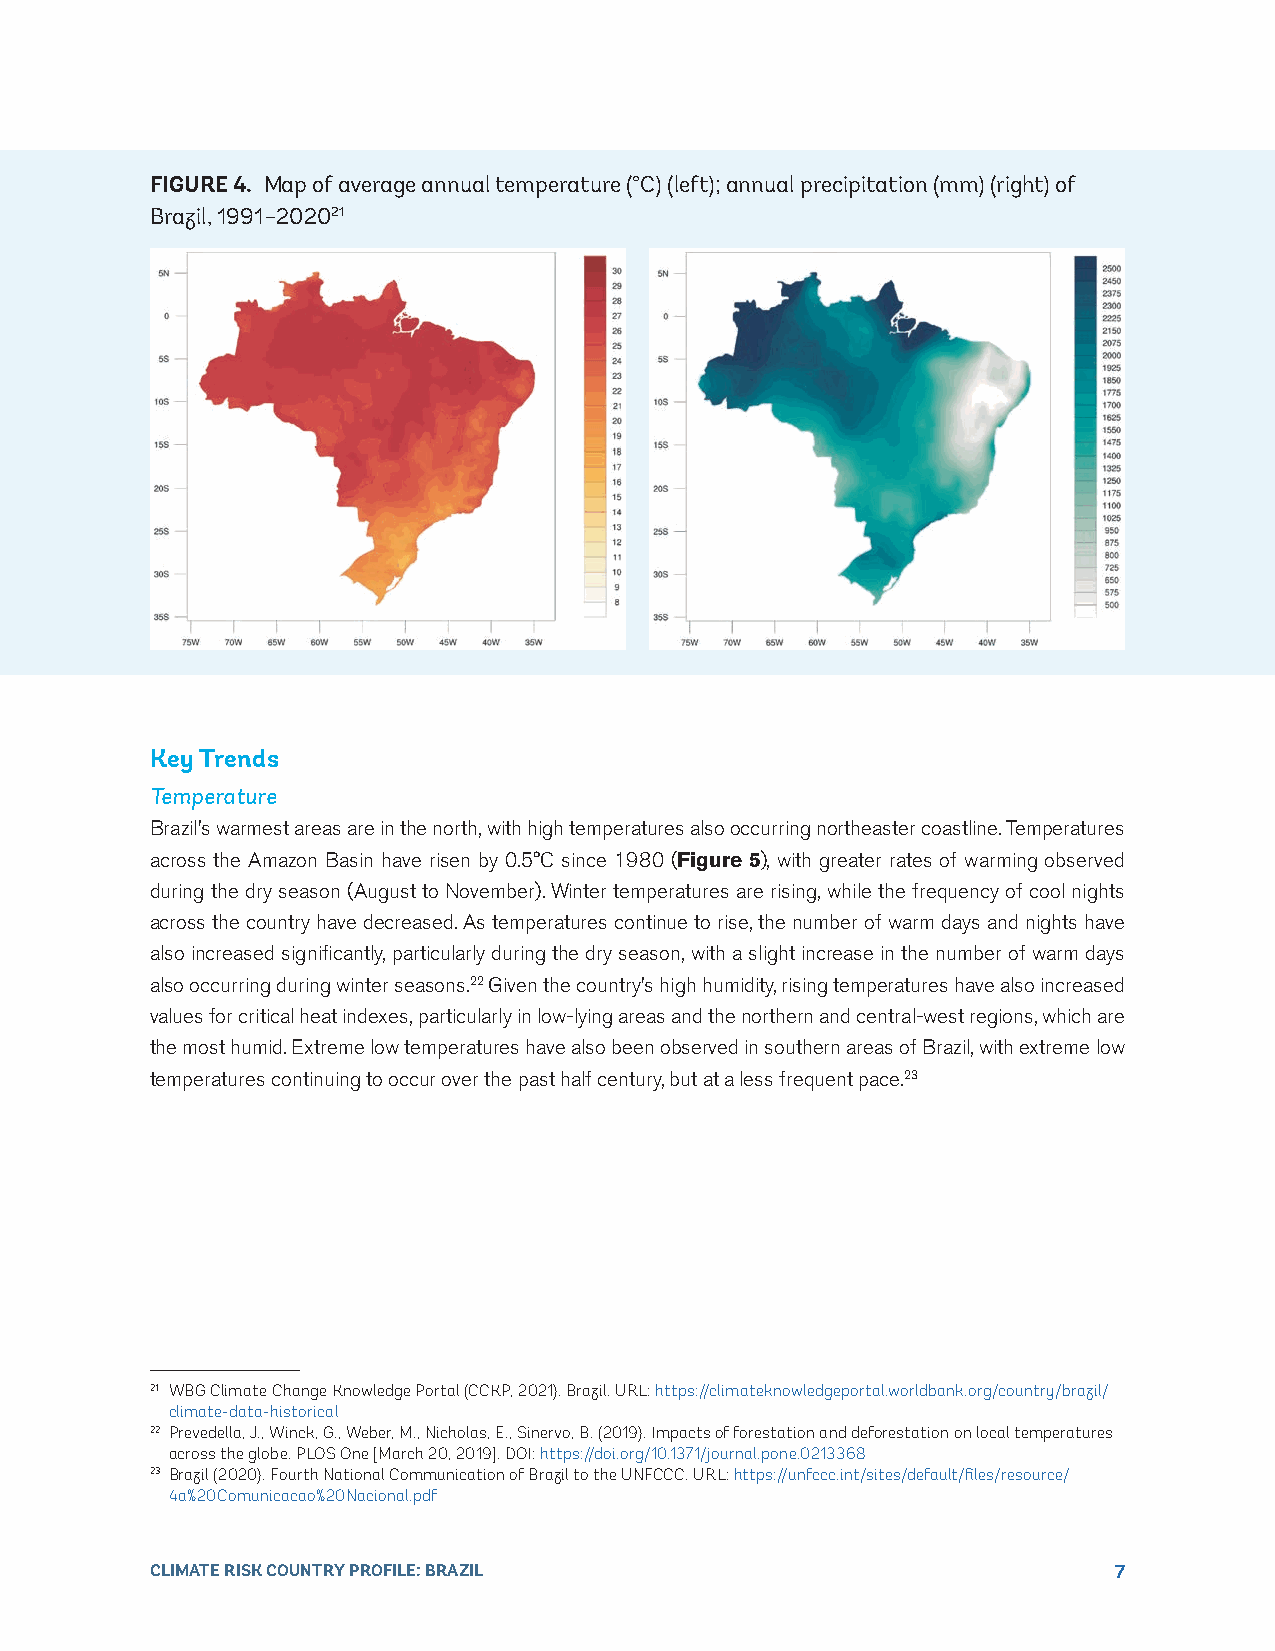
FIGURE 4 . Map of average annual temperature (°C) (left); annual precipitation (mm) (right) of
 Brazil, 1991–202021
 Key Trends
 Temperature
 Brazil’s warmest areas are in the north, with high temperatures also occurring northeaster coastline. Temperatures
 across the Amazon Basin have risen by 0.5°C since 1980 (Figure 5), with greater rates of warming observed
 during the dry season (August to November). Winter temperatures are rising, while the frequency of cool nights
 across the country have decreased. As temperatures continue to rise, the number of warm days and nights have
 also increased significantly, particularly during the dry season, with a slight increase in the number of warm days
 also occurring during winter seasons.22 Given the country’s high humidity, rising temperatures have also increased
 values for critical heat indexes, particularly in low-lying areas and the northern and central-west regions, which are
 the most humid. Extreme low temperatures have also been observed in southern areas of Brazil, with extreme low
 temperatures continuing to occur over the past half century, but at a less frequent pace.23
 21 WBG Climate Change Knowledge Portal (CCKP, 2021). Brazil. URL: https://climateknowledgeportal.worldbank.org/country/brazil/
 climate-data-historical
 22 Prevedella, J., Winck, G., Weber, M., Nicholas, E., Sinervo, B. (2019). Impacts of forestation and deforestation on local temperatures
 across the globe. PLOS One [March 20, 2019]. DOI: https://doi.org/10.1371/journal.pone.0213368
 23 Brazil (2020). Fourth National Communication of Brazil to the UNFCCC. URL: https://unfccc.int/sites/default/files/resource/
 4a%20Comunicacao%20Nacional.pdf
 CLIMATE RISK COUNTRY PROFILE: BRAZIL                            7